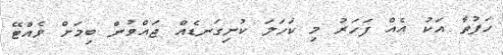
ހަފުތާ އަކު އެއް ފަހަރު މި ކަހަލަ ކުނިގަނޑެއް ޖައްވުން ބިމަށް ވެއްޓޭ